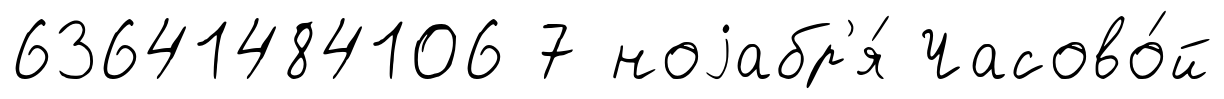
63641484106 7 ноjабр'я́ Часово́й